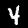
Digit: 4